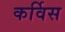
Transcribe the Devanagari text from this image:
कर्विस